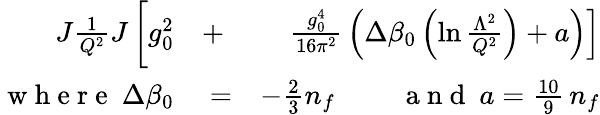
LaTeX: \begin{array}{rlr}{\! \! \! \! \! \! \! \! \! \! \! \! J{\frac{1}{Q^{2}}}J\left[\rule{0cm}{7mm}g_{0}^{2}\right.}&{{}+}&{\left.{\frac{g_{0}^{4}}{16\pi^{2}}}\left(\Delta\beta_{0}\left(\ln{\frac{\Lambda^{2}}{Q^{2}}}\right)+a\right)\right]}\\ {\mathrm{~w~h~e~r~e~\ }\Delta\beta_{0}}&{{}=}&{-\frac 23n_{f}\mathrm{~\qquad~a~n~d~\ }a=\frac{10}9\, n_{f}}\end{array}